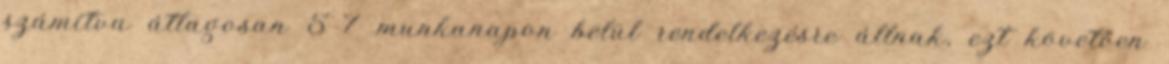
számítva átlagosan 5-7 munkanapon belül rendelkezésre állnak, ezt követően